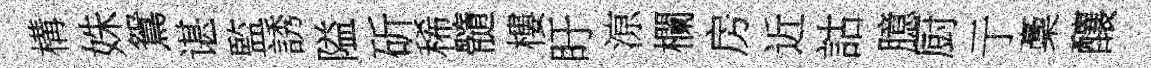
構姝鴛谌監誘隘斫稀髓樓盱鿌欄房近詁臆厨亍稾釀